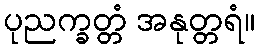
ပုညက္ခတ္တံ အနုတ္တရံ။